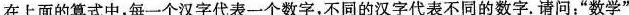
在上面的算式中，每一个汉字代表一个数字，不同的汉字代表不同的数字。请问：” \overline{数学}”